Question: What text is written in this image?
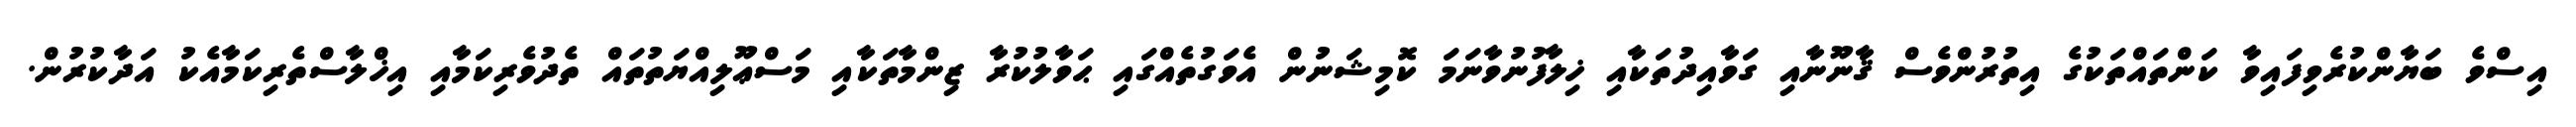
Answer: އިސްވެ ބަޔާންކުރެވިފައިވާ ކަންތައްތަކުގެ އިތުރުންވެސް ޤާނޫނާއި ގަވާއިދުތަކާއި ޚިލާފުނުވާނަމަ ކޮމިޝަނުން އެވަގުތެއްގައި ޙަވާލުކުރާ ޒިންމާތަކާއި މަސްޢޫލިއްޔަތުތައް ތެދުވެރިކަމާއި އިޚްލާސްތެރިކަމާއެކު އަދާކުރުން.